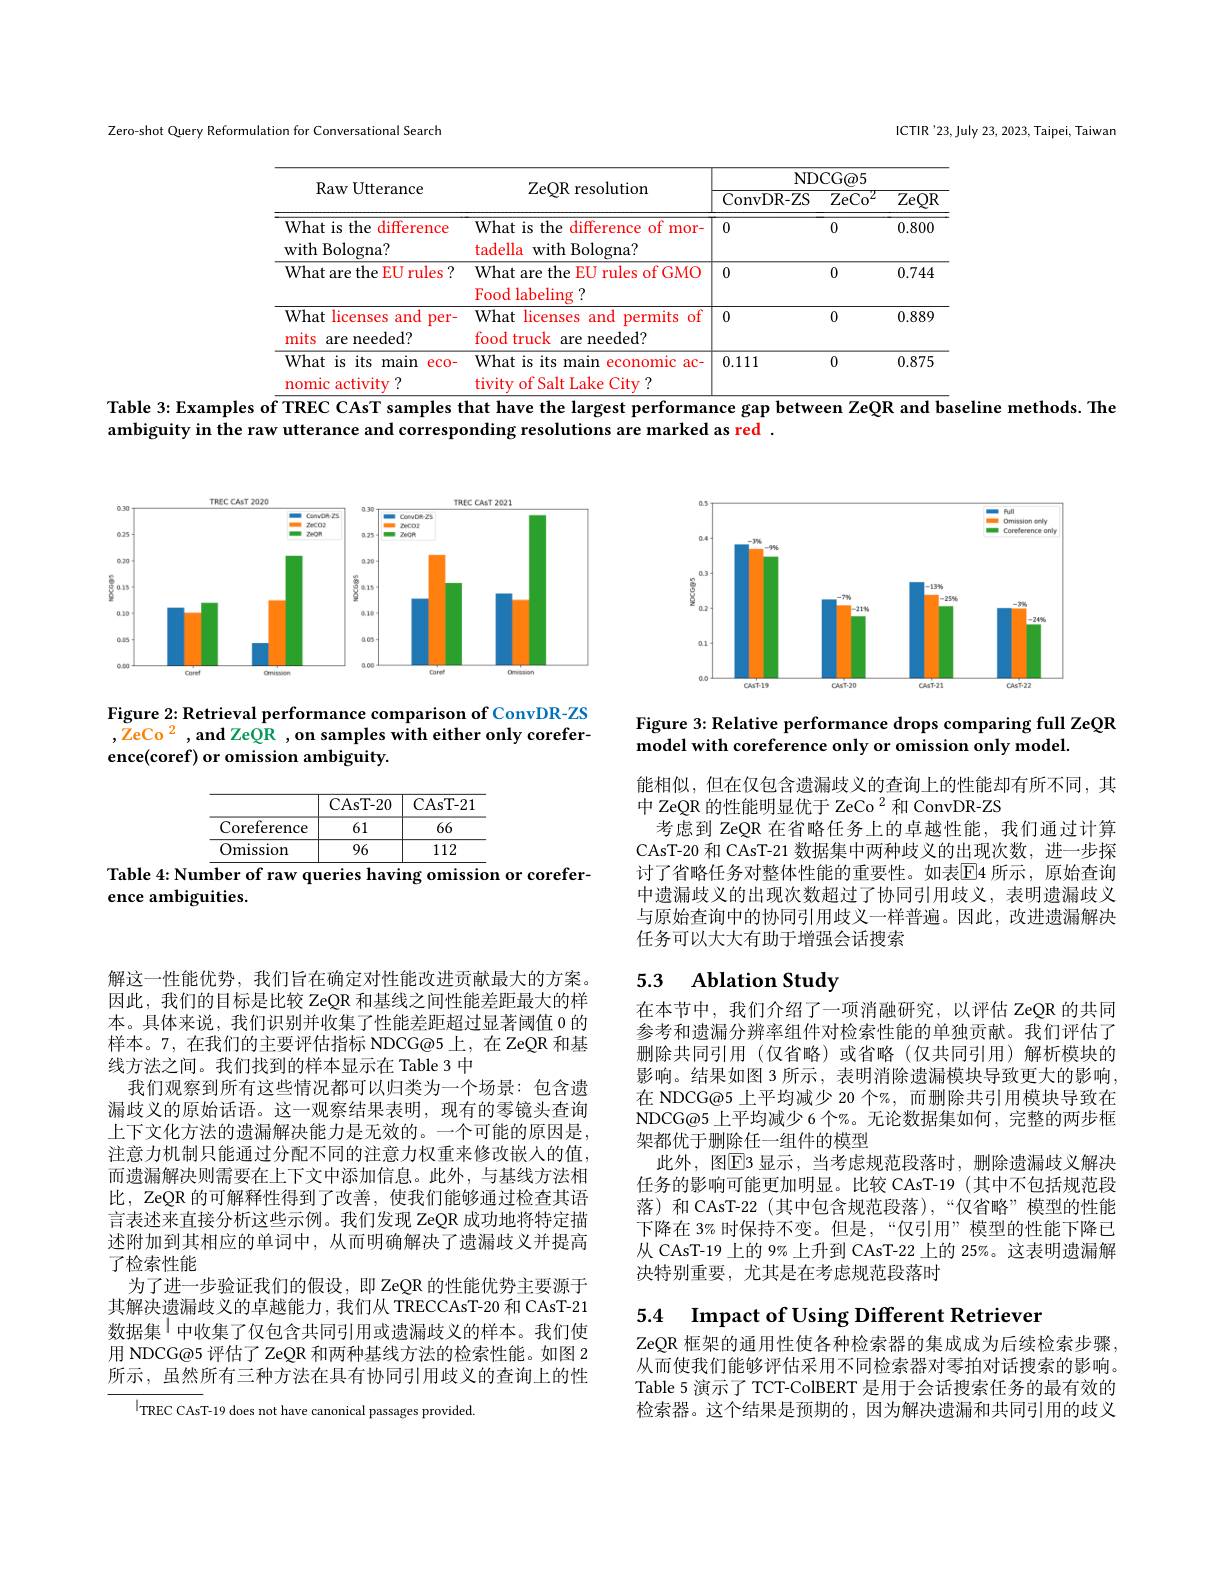
Zero-shot Query Reformulation for Conversational Search

ICTIR'23, July 23, 2023, Taipei, Taiwan

<table>
	<tbody>
		<tr>
			<th rowspan="2">Raw Utterance</th>
			<th rowspan="2">ZeQR resolution</th>
			<th colspan="3">NDCG@ 5</th>
		</tr>
		<tr>
			<th>ConvDR- ZS</th>
			<th>$\overline{\mathrm{ZeCo}^2}$</th>
			<th>$\overline{ZeQR}$</th>
		</tr>
		<tr>
			<td>What is the difference with Bologna?</td>
			<td>What is the difference e of mor- tadella with Bologna?</td>
			<td>0</td>
			<td>0</td>
			<td>0.800</td>
		</tr>
		<tr>
			<td>What are the EU rules $\therefore$</td>
			<td>What are the EU rules of GMO Food labeling :7</td>
			<td>0</td>
			<td>0</td>
			<td>0.744</td>
		</tr>
		<tr>
			<td>What licenses and per- mits are needed?</td>
			<td>What licenses and permits s of food truck are needed?</td>
			<td>0</td>
			<td>0</td>
			<td>0.889</td>
		</tr>
		<tr>
			<td>What is its main $eco-$ 1 nomic activity</td>
			<td>What is its main economic ac- tivity of Salt Lake City ?</td>
			<td>0.111</td>
			<td>0</td>
			<td>0.875</td>
		</tr>
	</tbody>
</table>
Table 3: Examples of TREC CAsT samples that have the largest performance gap between ZeQR and baseline methods. The

ambiguity in the raw utterance and corresponding resolutions are marked as red

<FigureHere>

Figure 2: Retrieval performance comparison of ConvDR-ZS $, \mathrm{ZeCo~}^2, \mathbf{and~ZeQR~, on~samples~with~either~only~corefer- }$ ence(coref) or omission ambiguity.

Table 4: Num$\overline{\textbf{ber of raw queries having omissio}}$n or corefer-

ence ambiguities.

解这一性能优势，我们旨在确定对性能改进贡献最大的方案。因此，我们的目标是比较 ZeQR 和基线之间性能差距最大的样本。具体来说，我们识别并收集了性能差距超过显著阈值 0 的样本。7,在我们的主要评估指标 NDCG@5上，在 ZeQR 和基线方法之间。我们找到的样本显示在 Table 3 中
我们观察到所有这些情况都可以归类为一个场景：包含遗漏歧义的原始话语。这一观察结果表明，现有的零镜头查询上下文化方法的遗漏解决能力是无效的。一个可能的原因是， 注意力机制只能通过分配不同的注意力权重来修改嵌人的值， 而遗漏解决则需要在上下文中添加信息。此外，与基线方法相比，ZeQR 的可解释性得到了改善，使我们能够通过检查其语言表述来直接分析这些示例。我们发现 ZeQR 成功地将特定描述附加到其相应的单词中，从而明确解决了遗漏歧义并提高了检索性能
为了进一步验证我们的假设，即 ZeQR 的性能优势主要源于其解决遗漏歧义的卓越能力，我们从 TRECCAsT-20 和 CAsT-21数据集$^{|}$中收集了仅包含共同引用或遗漏歧义的样本。我们使用 NDCG@5 评估了 ZeQR 和两种基线方法的检索性能。如图 2所示，虽然所有三种方法在具有协同引用歧义的查询上的性

$|_{\mathrm{TREC~CAsT-19~does~not~have~canonical~passages~provided}}$

<FigureHere>

Figure 3: Relative performance drops comparing full ZeQR
model with coreference only or omission only model

能相似，但在仅包含遗漏歧义的查询上的性能却有所不同，其
中 ZeQR 的性能明显优于 ZeCo $^{2}$和 ConvDR-ZS
考虑到 ZeQR 在省略任务上的卓越性能，我们通过计算CAsT-20 和 CAsT-21 数据集中两种歧义的出现次数，进一步探讨了省略任务对整体性能的重要性。如表$\boxed{\mathrm{E}}$4 所示，原始查询中遗漏歧义的出现次数超过了协同引用歧义，表明遗漏歧义与原始查询中的协同引用歧义一样普遍。因此，改进遗漏解决任务可以大大有助于增强会话搜索

## 5.3 Ablation Study

在本节中，我们介绍了一项消融研究，以评估 ZeQR 的共同参考和遗漏分辨率组件对检索性能的单独贡献。我们评估了删除共同引用(仅省略)或省略(仅共同引用)解析模块的影响。结果如图 3 所示 , 表明消除遗漏模块导致更大的影响， 在 NDCG@5 上平均减少 20 个%, 而删除共引用模块导致在NDCG@5 上平均减少 6 个%。无论数据集如何，完整的两步框架都优于删除任一组件的模型
此外，图$\overline{\mathrm{E}}$3 显示，当考虑规范段落时，删除遗漏歧义解决任务的影响可能更加明显。比较 CAsT-19 (其中不包括规范段落)和 CAsT-22 (其中包含规范段落),“仅省略”模型的性能下降在 3% 时保持不变。但是，“仅引用”模型的性能下降已从 CAsT-19 上的 9% 上升到 CAsT-22 上的 25%。这表明遗漏解决特别重要，尤其是在考虑规范段落时

5.4 Impact of Using Different Retrieven

ZeQR 框架的通用性使各种检索器的集成成为后续检索步骤从而使我们能够评估采用不同检索器对零拍对话搜索的影响。Table 5 演示了 TCT-ColBERT 是用于会话搜索任务的最有效的检索器。这个结果是预期的，因为解决遗漏和共同引用的歧义